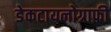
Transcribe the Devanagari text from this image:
डेकटायलोग्राफी